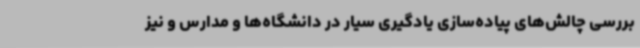
بررسی چالش‌های پیاده‌سازی یادگیری سیار در دانشگاه‌ها و مدارس و نیز